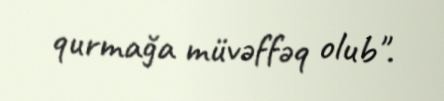
qurmağa müvəffəq olub".